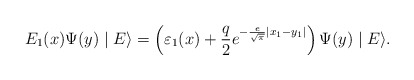
\begin{align*}E_1 (x)\Psi (y)\mid E\rangle = \left( {\varepsilon _1 (x) +\frac{q}{2}e^{ - \frac{e}{{\sqrt \pi }}|x_1 - y_1 |} }\right)\Psi (y)\mid E\rangle . \end{align*}